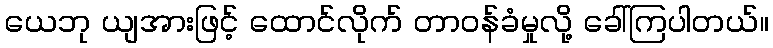
ယေဘု ယျအားဖြင့် ထောင်လိုက် တာဝန်ခံမှုလို့ ခေါ်ကြပါတယ်။